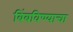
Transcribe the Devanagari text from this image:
बिंबविण्याचा